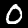
Digit: 0